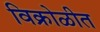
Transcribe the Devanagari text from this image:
विक्रोळीत